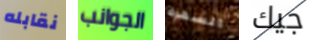
نقابله الجوانب السهرة جيك